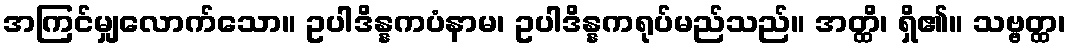
အကြင်မျှလောက်သော။ ဥပါဒိန္နကပံနာမ၊ ဥပါဒိန္နကရုပ်မည်သည်။ အတ္ထိ၊ ရှိ၏။ သဗ္ဗတ္ထ၊